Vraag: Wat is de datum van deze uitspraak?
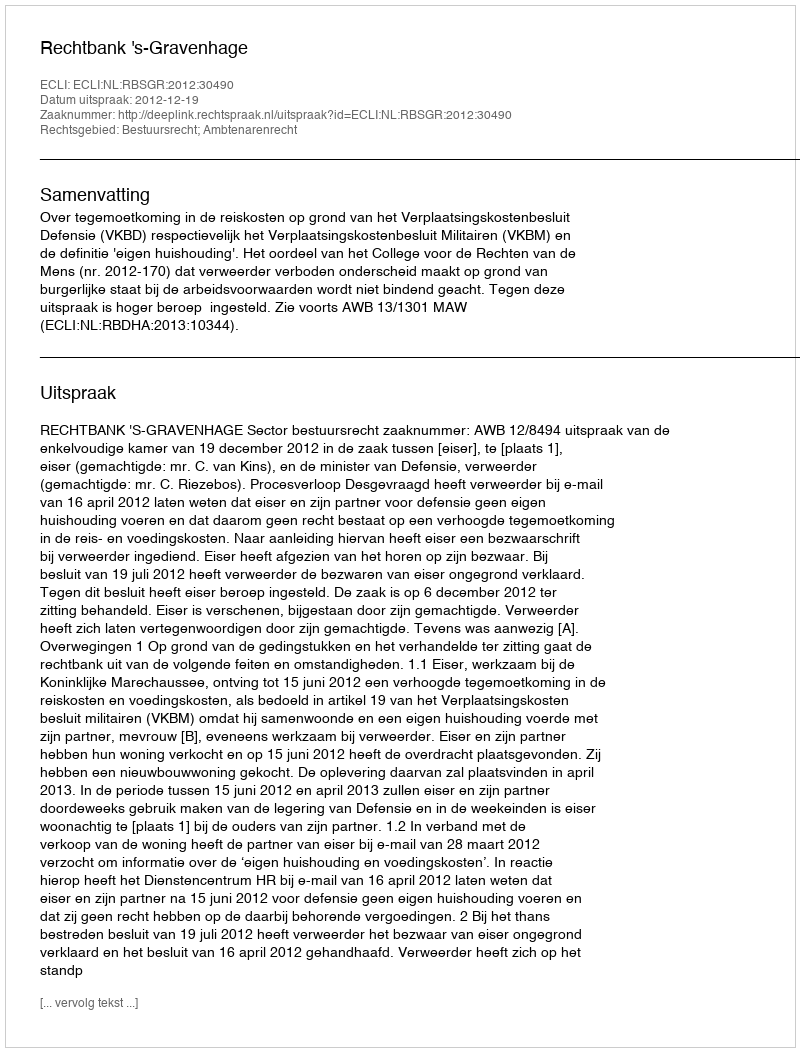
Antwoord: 2012-12-19